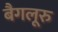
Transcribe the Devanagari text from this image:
बैगलूरु